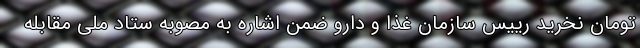
تومان نخرید رییس سازمان غذا و دارو ضمن اشاره به مصوبه ستاد ملی مقابله